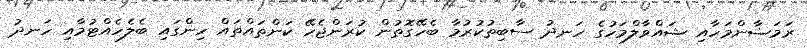
ރަމަޟާންމަހާއި ޝައްވާލްމަހުގެ ހަނދު ސާބިތުކުރުމާ ބެހޭގޮތުން ކުރަންޖެހޭ ކަންތައްތައް ހިންގައި ބެލެހެއްޓުމާއި ހަނދު